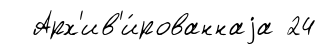
Арх'ив'и́рованнаjа 24